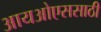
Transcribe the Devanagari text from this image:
आयओएससाठी